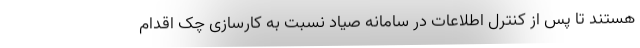
هستند تا پس از کنترل اطلاعات در سامانه صیاد نسبت به کارسازی چک اقدام